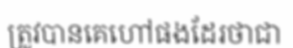
ត្រូវបានគេហៅផងដែរថាជា